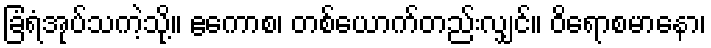
ခြံရံအုပ်သကဲ့သို့။ ဧကောစ၊ တစ်ယောက်တည်းလျှင်။ ဝိရောစမာနော၊